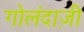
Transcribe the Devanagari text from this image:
गोलंदाज़ी